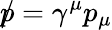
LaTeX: {p\! \! \! /}=\gamma^{\mu}p_{\mu}